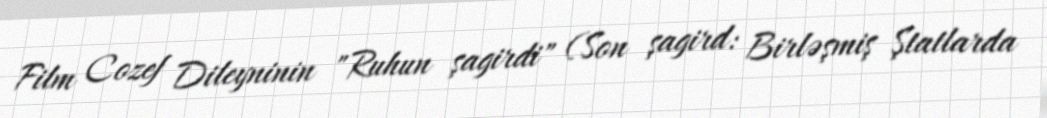
Film Cozef Dileyninin "Ruhun şagirdi" (Son şagird: Birləşmiş Ştatlarda